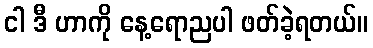
ငါ ဒီ ဟာကို နေ့ရောညပါ ဖတ်ခဲ့ရတယ်။